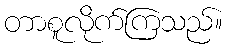
တာစူလိုက်ကြသည်။